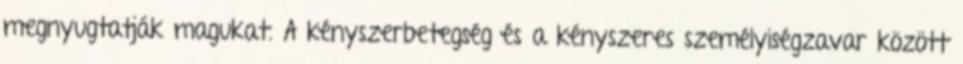
megnyugtatják magukat. A kényszerbetegség és a kényszeres személyiségzavar között